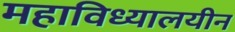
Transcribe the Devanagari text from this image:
महाविध्यालयीन